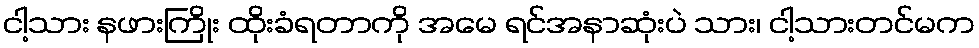
ငါ့သား နဖားကြိုး ထိုးခံရတာကို အမေ ရင်အနာဆုံးပဲ သား၊ ငါ့သားတင်မက